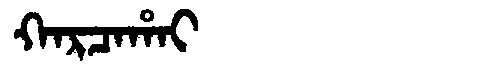
Manchu: ᡴᠠᡵᠴᠠᡥᠠᡳ
Romanization: KARCAHAI